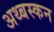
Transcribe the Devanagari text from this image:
अथ्बस्कन